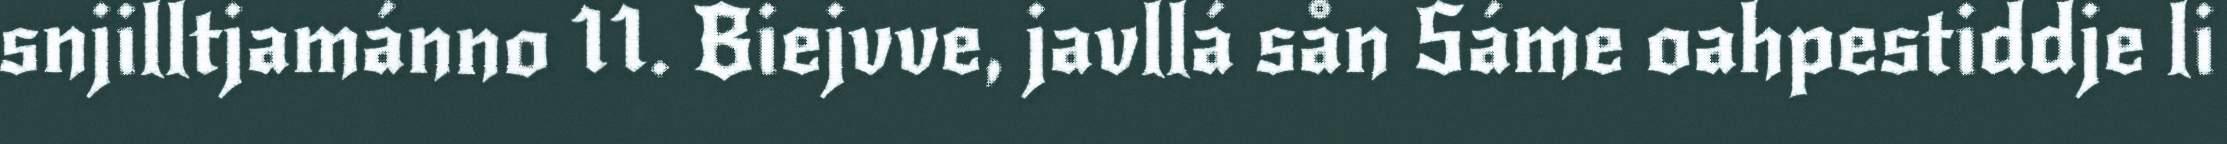
snjilltjamánno 11. Biejvve, javllá sån Sáme oahpestiddje li